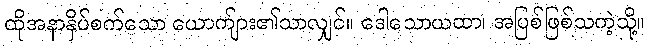
ထိုအနာနှိပ်စက်သော ယောက်ျား၏သာလျှင်။ ဒေါသောယထာ၊ အပြစ်ဖြစ်သကဲ့သို့။